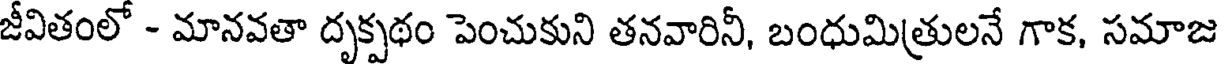
జీవితంలో - మానవతా దృక్పథం పెంచుకుని తనవారినీ, బంధుమిత్రులనే గాక, సమాజ